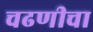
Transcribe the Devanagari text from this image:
चढणीचा